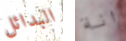
البدائل انة